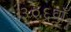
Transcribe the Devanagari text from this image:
३०६वाँ